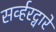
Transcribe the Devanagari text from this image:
सर्व्हरद्वारे